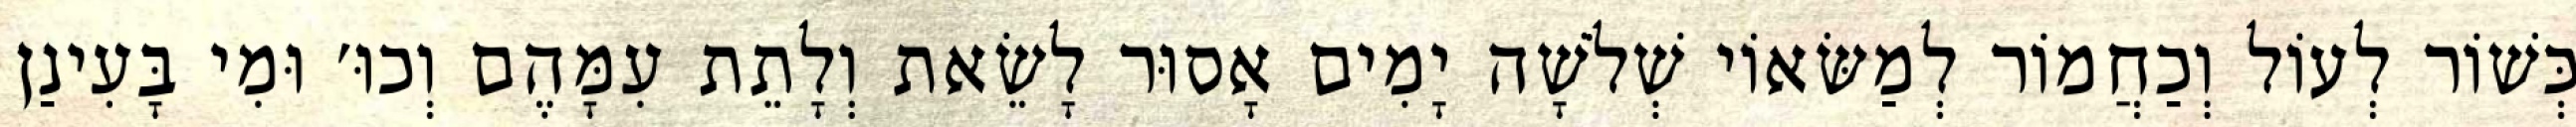
כְּשׁוֹר לְעוֹל וְכַחֲמוֹר לְמַשּׂאוֹי שְׁלֹשָׁה יָמִים אָסוּר לָשֵׂאת וְלָתֵת עִמָּהֶם וְכוּ׳ וּמִי בָּעִינַן